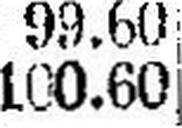
100.60